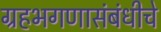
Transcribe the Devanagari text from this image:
ग्रहभगणासंबंधीचे